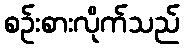
စဉ်းစားလိုက်သည်